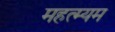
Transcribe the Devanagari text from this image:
महत्म्यम